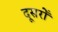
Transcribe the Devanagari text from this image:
दूसरोँ